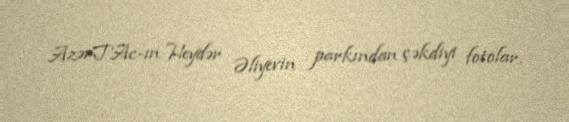
AzərTAc-ın Heydər Əliyevin parkından çəkdiyi fotolar.